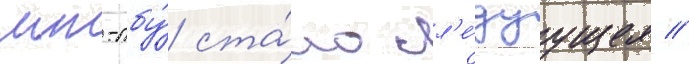
мт-лбу́ ста́ло сл'е́дуущее //